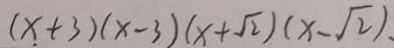
( x + 3 ) ( x - 3 ) ( x + \sqrt { 2 } ) ( x - \sqrt { 2 } ) .